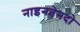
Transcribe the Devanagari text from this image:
नाइनतेनदो